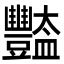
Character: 豓